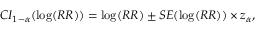
C I _ { 1 - \alpha } ( \log ( R R ) ) = \log ( R R ) \pm S E ( \log ( R R ) ) \times z _ { \alpha } ,